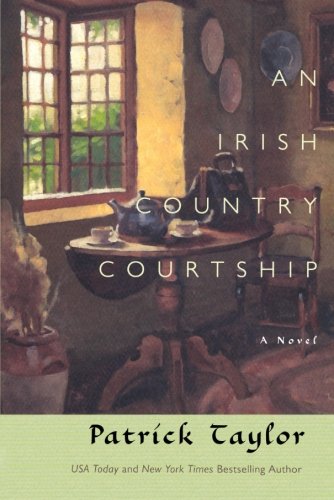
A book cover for An Irish Country Courtship: A Novel (Irish Country Books); Patrick Taylor; Literature & Fiction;